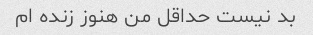
بد نیست حداقل من هنوز زنده ام